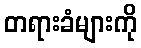
တရားခံများကို